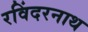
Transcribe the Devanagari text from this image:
रविंदरनाथ